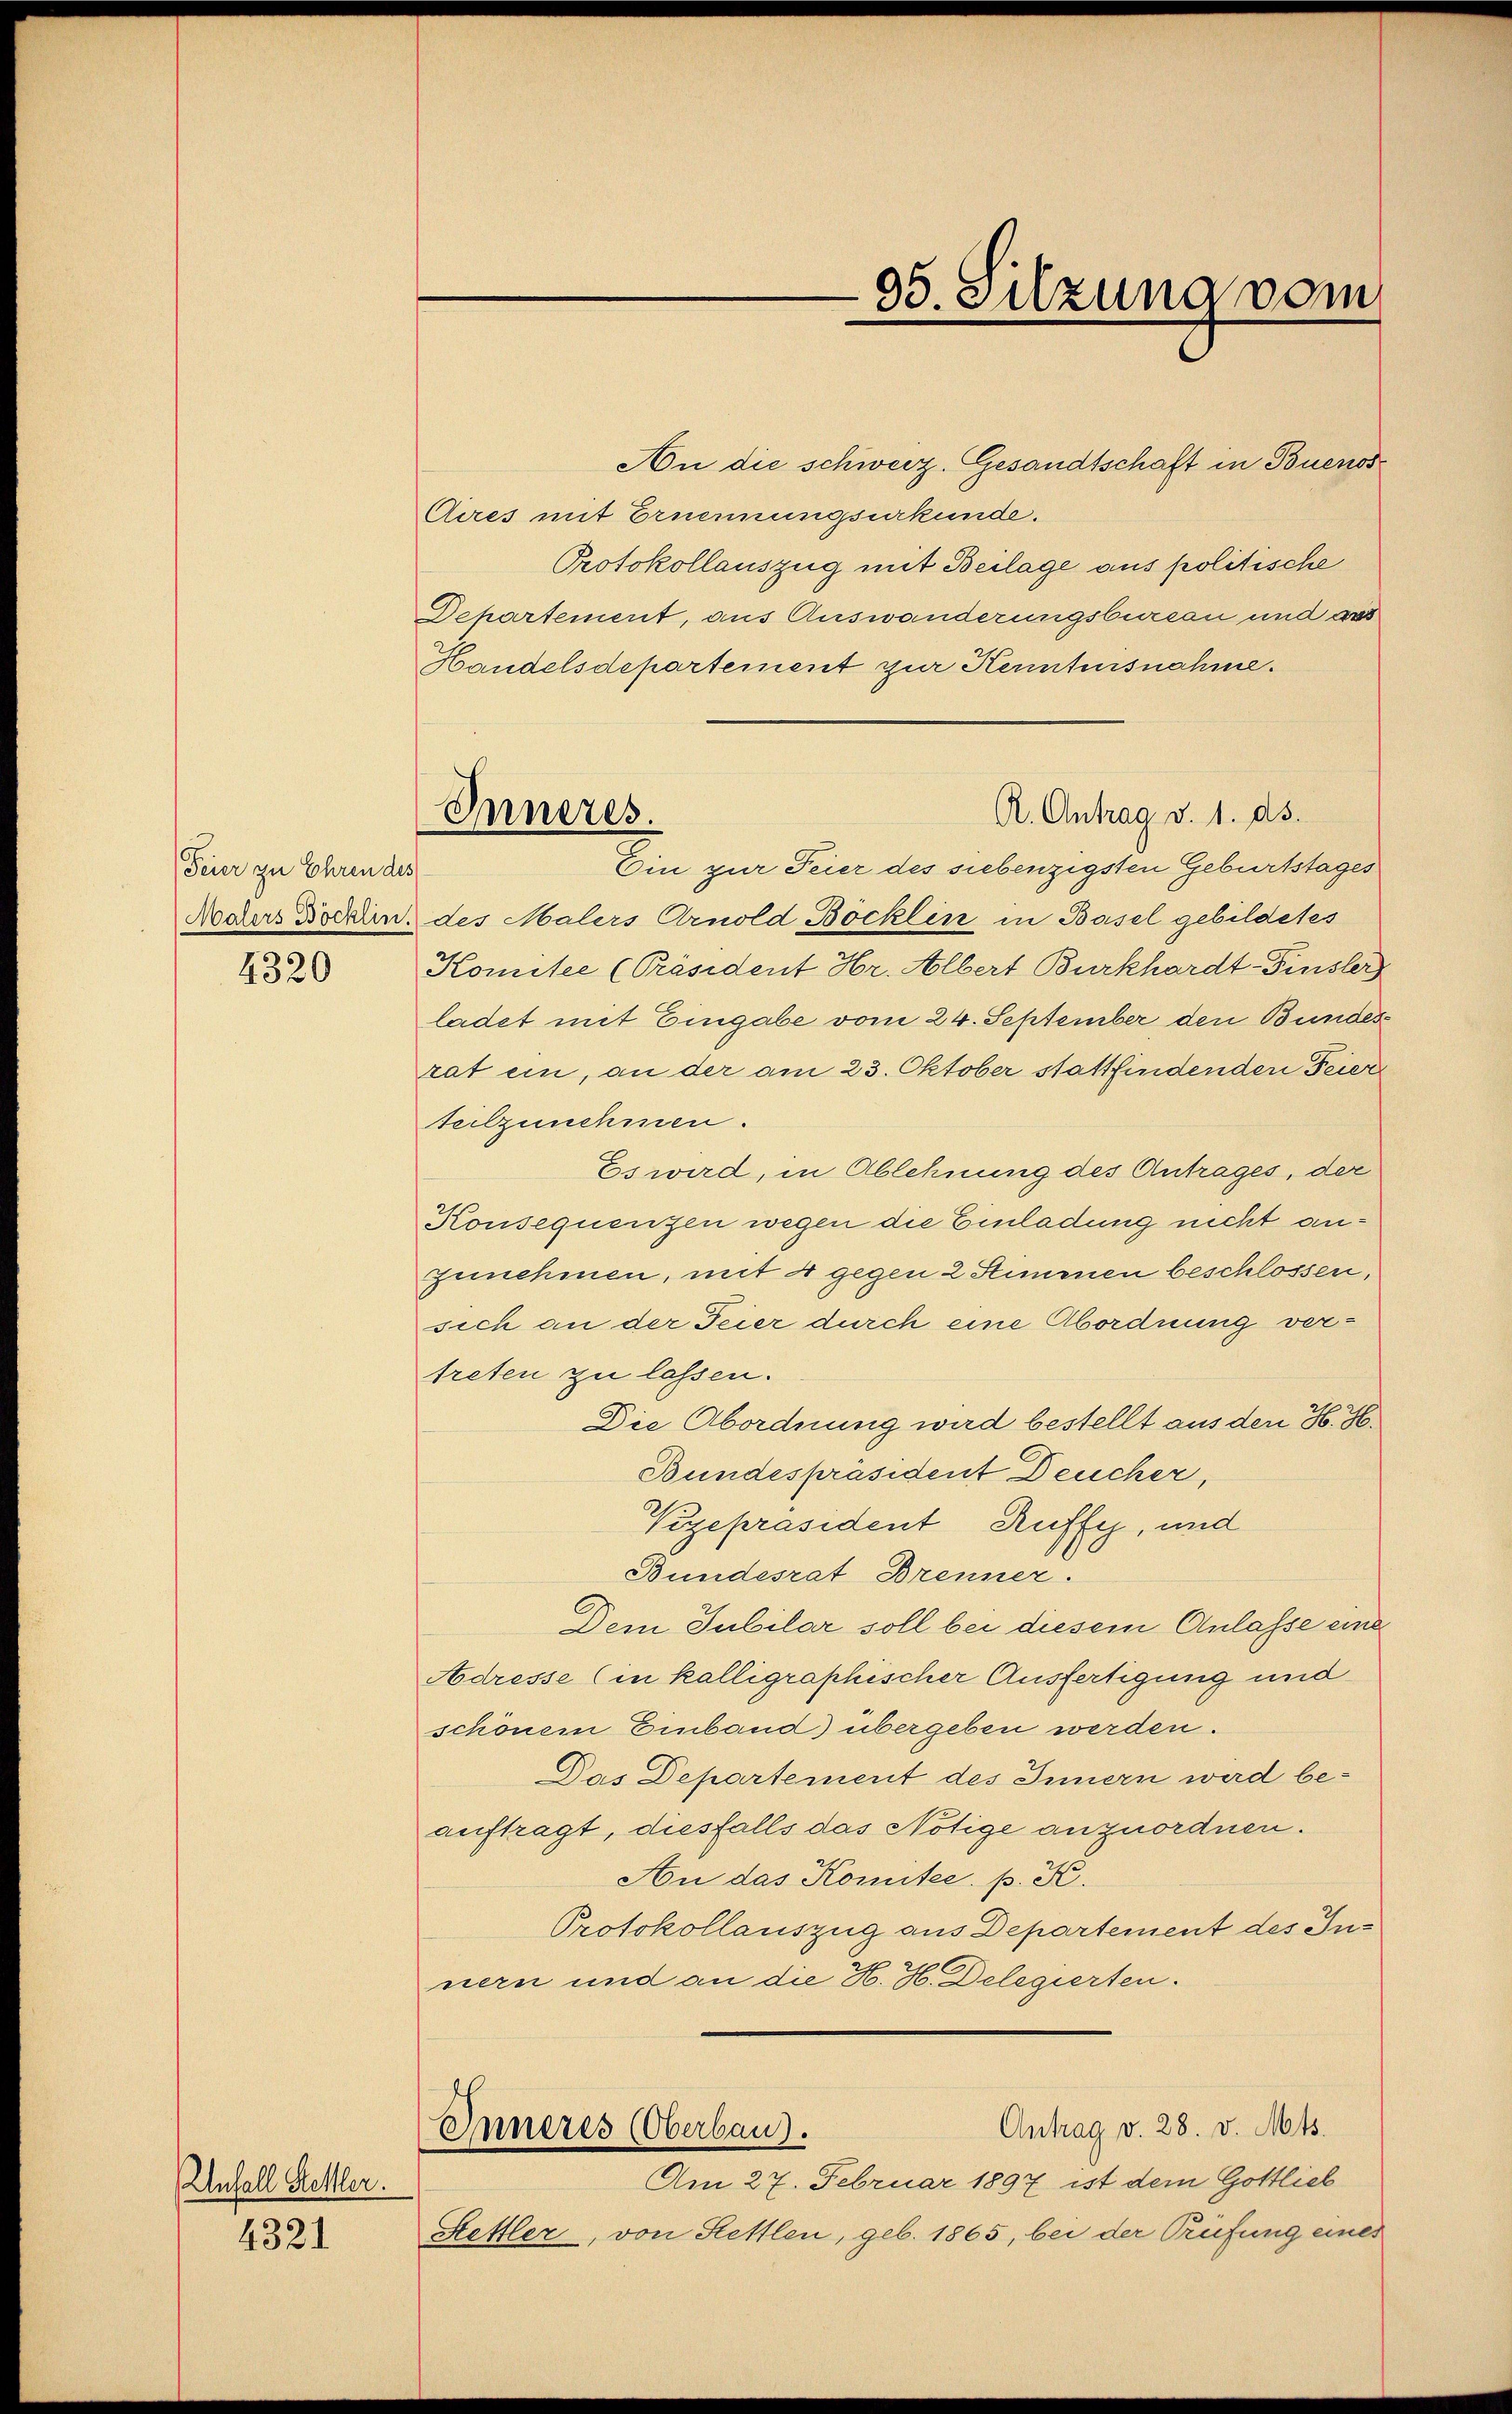
Feier zu Ehren des

4320

Unfall Hettler.

4321

An die schweiz. Gesandtschaft in Buenos
Aires mit Ernennungsurkunde.
Protokollauszug mit Beilage aus politische
Departement, aus Auswanderungsbureau und ass
Handelsdepartement zur Kenntnisnahme.
R. Antrag d. 1. ds.
Ein zur Feier des siebenzigsten Geburtstages
Neders Borden, des Malers Arnold Böcklin in Basel gebildetes
Komitee (Präsident Hr. Albert Burkhardt-Finsler
ladet mit Eingabe vom 24. September den Bundes
rat ein, an der am 23. Oktober stattfindenden Feier
Teilzunehmen.
Es wird, in Ablehnung des Antrages, der
Konsequenzen wegen die Einladung nicht anzunehmen, mit 4 gegen 2 Stimmen beschlossen,
sich an der Feier durch eine Abordnung vertreten zu lassen.
Die Abordnung wird bestellt aus den H. H.
Bundespräsident Deucher,
Vizepräsident Ruffy, und
Bundesrat Brenner.
Dem Jubilar soll bei diesem Anlasse eine
Adresse (in kalligraphischer Ausfertigung und
schönem Einband) übergeben werden.
Das Departement des Innern wird beauftragt, diesfalls das Nötige anzuordnen.
An das Komitee. p. K.
Protokollauszug aus Departement des Innern und an die H. H. Delegierten.
Antrag v. 28. v. Mts.
Inneres (Oberbaus.
Am 27. Februar 1897 ist dem Gottlieb
Stettler, von Stettlen, geb. 1865, bei der Prüfung eines

Inneres.

05. Sitzung vom